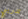
تدريبي